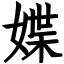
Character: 媟